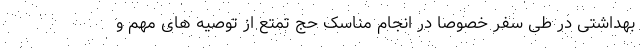
بهداشتی در طی سفر خصوصا در انجام مناسک حج تمتع از توصیه های مهم و